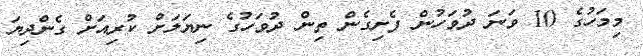
މިމަހުގެ 10 ވަނަ ދުވަހުން ފެށިގެން ތިން ދުވަހުގެ ނިޔަލަށް ކުރިއަށް ގެންދިޔަ